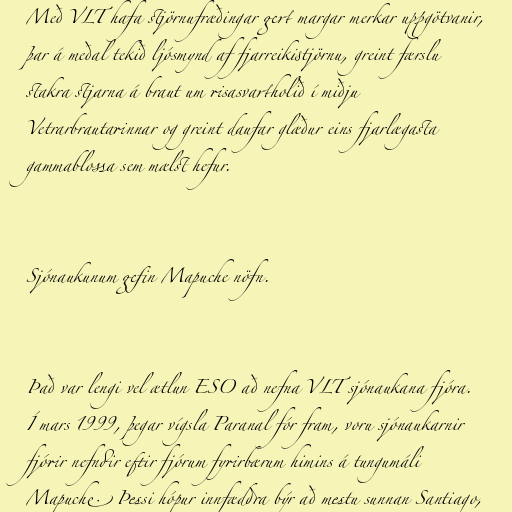
Með VLT hafa stjörnufræðingar gert margar merkar uppgötvanir,
þar á meðal tekið ljósmynd af fjarreikistjörnu, greint færslu
stakra stjarna á braut um risasvartholið í miðju
Vetrarbrautarinnar og greint daufar glæður eins fjarlægasta
gammablossa sem mælst hefur.

Sjónaukunum gefin Mapuche nöfn.

Það var lengi vel ætlun ESO að nefna VLT sjónaukana fjóra.
Í mars 1999, þegar vígsla Paranal fór fram, voru sjónaukarnir
fjórir nefndir eftir fjórum fyrirbærum himins á tungumáli
Mapuche. Þessi hópur innfæddra býr að mestu sunnan Santiago,